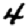
Digit: 4